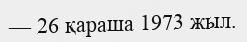
— 26 қараша 1973 жыл.